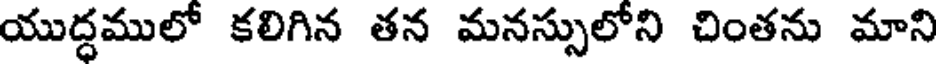
యుద్ధములో కలిగిన తన మనస్సులోని చింతను మాని